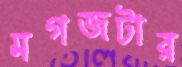
মগজটার